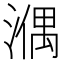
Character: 𣼱